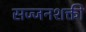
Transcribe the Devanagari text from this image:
सज्जनशक्ती